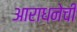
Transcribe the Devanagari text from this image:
आराधनेची